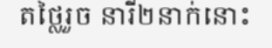
តថ្លៃរួច នារី២នាក់នោះ